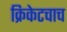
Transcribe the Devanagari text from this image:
क्रिकेटचाच